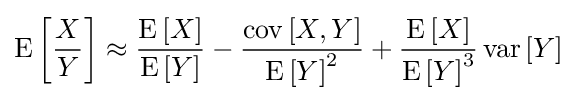
\operatorname {E} \left[{\frac {X}{Y}}\right]\approx {\frac {\operatorname {E} \left[X\right]}{\operatorname {E} \left[Y\right]}}-{\frac {\operatorname {cov} \left[X,Y\right]}{\operatorname {E} \left[Y\right]^{2}}}+{\frac {\operatorname {E} \left[X\right]}{\operatorname {E} \left[Y\right]^{3}}}\operatorname {var} \left[Y\right]